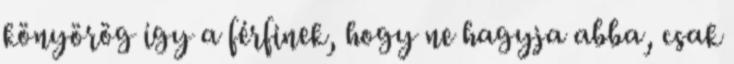
könyörög így a férfinek, hogy ne hagyja abba, csak